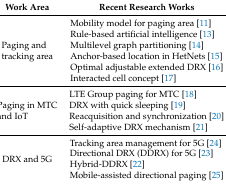
| Work Area | Recent Research Works |
 | --- | --- |
 | Paging and tracking area | Mobility model for paging area [11]Rule-based artificial intelligence [13]Multilevel graph partitioning [14]Anchor-based location in HetNets [15]Optimal adjustable extended DRX [16]Interacted cell concept [17] |
 | Paging in MTC and IoT | LTE Group paging for MTC [18]DRX with quick sleeping [19]Reacquisition and synchronization [20]Self-adaptive DRX mechanism [21] |
 | DRX and 5G | Tracking area management for 5G [24]Directional DRX (DDRX) for 5G [23]Hybrid-DDRX [22]Mobile-assisted directional paging [25] |